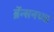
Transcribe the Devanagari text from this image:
ब्रॅन्सनच्या